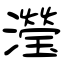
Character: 瀅